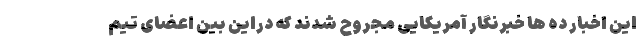
این اخبار ده ها خبرنگار آمریکایی مجروح شدند که دراین بین اعضای تیم